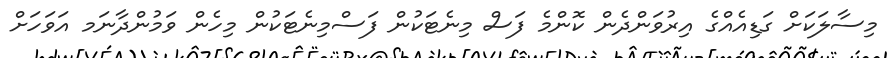
މިސާލަކަށް ގަޑިއެއްގެ އިރުވަންދެން ކޮންމެ ފަސް މިނެޓަކުން ފަސްމިނެޓަކުން މިހެން ވަމުންދާނަމ އަވަހަށް